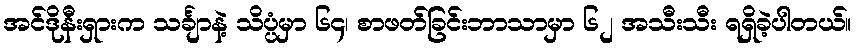
အင်ဒိုနီးရှားက သင်္ချာနဲ့ သိပ္ပံမှာ ၆၄၊ စာဖတ်ခြင်းဘာသာမှာ ၆၂ အသီးသီး ရရှိခဲ့ပါတယ်။